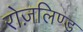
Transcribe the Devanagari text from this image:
रोज़लिण्ड